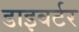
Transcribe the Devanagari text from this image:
डाइवर्टर